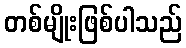
တစ်မျိုးဖြစ်ပါသည်